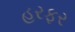
હરફર